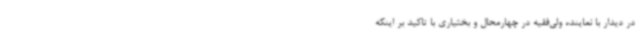
در دیدار با نماینده ولی‌فقیه در چهارمحال و بختیاری با تاکید بر اینکه